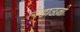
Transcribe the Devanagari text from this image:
लैंडाउज़ी